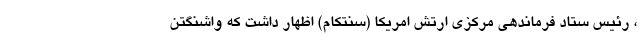
، رئیس ستاد فرماندهی مرکزی ارتش امریکا (سنتکام) اظهار داشت که واشنگتن